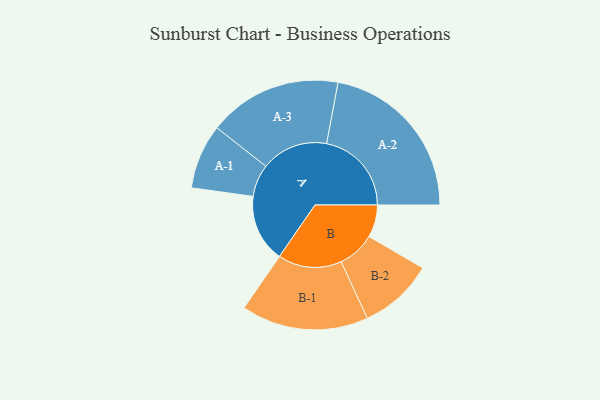
{"axis": {"x": "Segment", "y": "Value"}, "legend": ["", "A", "B"], "data": [{"x": "A", "y": 232, "type": ""}, {"x": "B", "y": 111, "type": ""}, {"x": "A-1", "y": 111, "type": "A"}, {"x": "A-2", "y": 291, "type": "A"}, {"x": "A-3", "y": 229, "type": "A"}, {"x": "B-1", "y": 218, "type": "B"}, {"x": "B-2", "y": 128, "type": "B"}]}